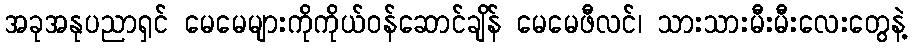
အခုအနုပညာရှင် မေမေများကိုကိုယ်ဝန်ဆောင်ချိန် မေမေဖီလင်၊ သားသားမီးမီးလေးတွေနဲ့